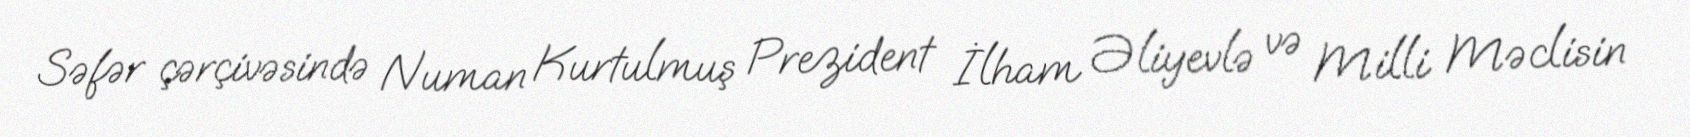
Səfər çərçivəsində Numan Kurtulmuş Prezident İlham Əliyevlə və Milli Məclisin